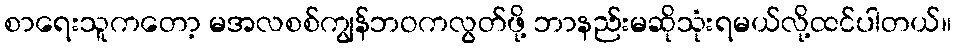
စာရေးသူကတော့ မအလစစ်ကျွန်ဘဝကလွတ်ဖို့ ဘာနည်းမဆိုသုံးရမယ်လို့ထင်ပါတယ်။